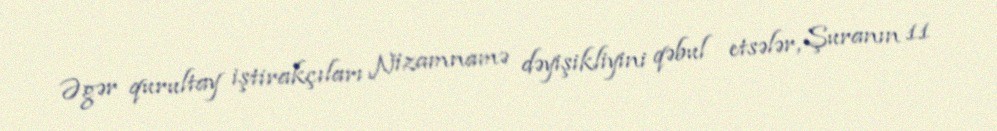
Əgər qurultay iştirakçıları Nizamnamə dəyişikliyini qəbul etsələr, Şuranın 11